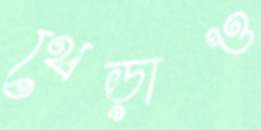
থেব্‌ড়াও